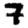
Digit: 7